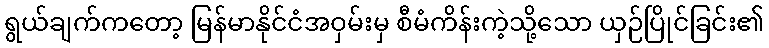
ရွယ်ချက်ကတော့ မြန်မာနိုင်ငံအဝှမ်းမှ စီမံကိန်းကဲ့သို့သော ယှဉ်ပြိုင်ခြင်း၏